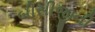
બીસીજીની